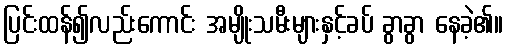
ပြင်းထန်၍လည်းကောင်း အမျိုးသမီးများနှင့်ခပ် ခွာခွာ နေခဲ့၏။